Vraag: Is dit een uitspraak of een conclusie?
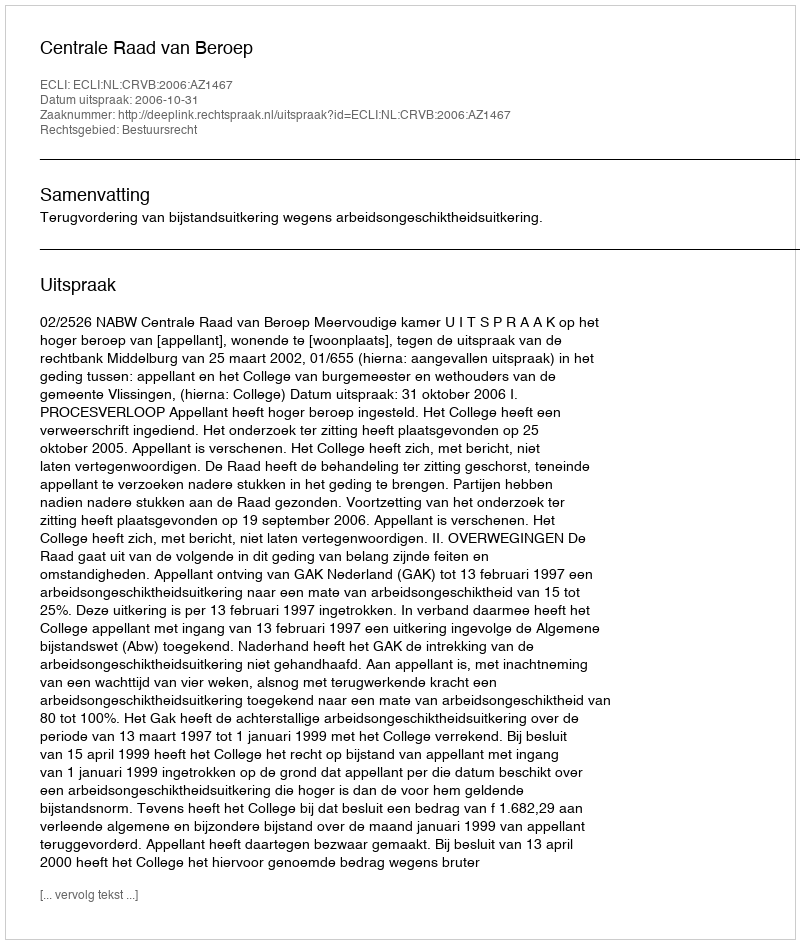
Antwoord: Uitspraak